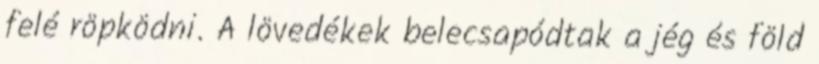
felé röpködni. A lövedékek belecsapódtak a jég és föld